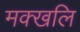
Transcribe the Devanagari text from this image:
मक्खलि